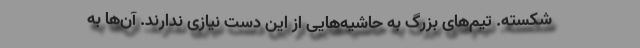
شکسته. تیم‌های بزرگ به حاشیه‌هایی از این دست نیازی ندارند. آن‌ها به